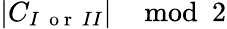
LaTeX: |C_{I~\mathrm{~o~r~}~II}|\mod 2